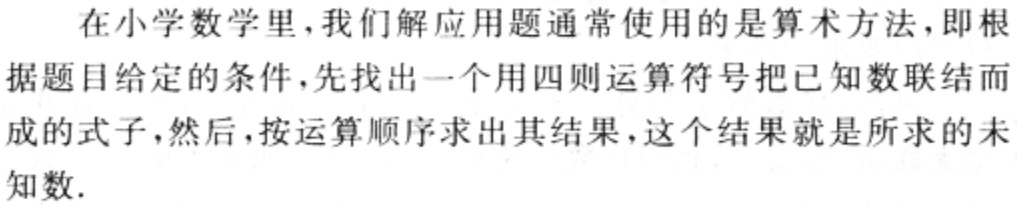
在小学数学里，我们解应用题通常使用的是算术方法，即根据题目给定的条件，先找出一个用四则运算符号把已知数联结而成的式子，然后，按运算顺序求出其结果，这个结果就是所求的未知数.